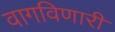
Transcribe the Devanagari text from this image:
वागविणारी